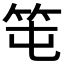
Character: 𥫱